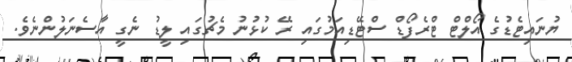
ޔުނައިޓެޑުގެ އޯލްޓް ޓްރެފޯޑް ސްޓޭޑިއަމުގައި ރޭ ކުޅުނު މެޗުގައި ލީޑު ނެގީ އާސެނަލުންނެވެ.